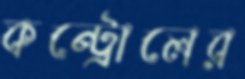
কন্ট্রোলের